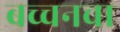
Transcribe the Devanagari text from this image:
बच्चनचा